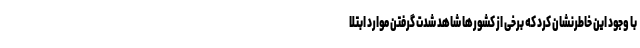
با وجود این خاطرنشان کرد که برخی از کشورها شاهد شدت گرفتن موارد ابتلا